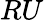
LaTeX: RU